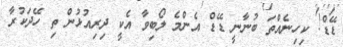
ޑޭޑް! ކިހިނެއްތަ ބުނާނީ ޑޭޑް އެންމެ ލޯބިވާ އެކީ ދިރިއުޅުން ތި ހޭދަކުރާ